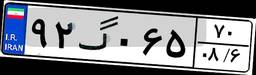
۹۲گ۰۶۵۷۰